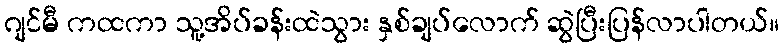
ဂျင်မီ ကထကာ သူ့အိပ်ခန်းထဲသွား နှစ်ချပ်လောက် ဆွဲပြီးပြန်လာပါတယ်။